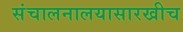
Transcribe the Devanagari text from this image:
संचालनालयासारखीच